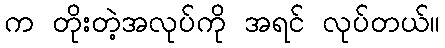
က တိုးတဲ့အလုပ်ကို အရင် လုပ်တယ်။